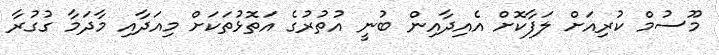
މޫސުމް ކުރިއަށް ލަފާކޮށް އެއިދާއިން ބުނީ އުތުރުގެ އަތޮޅުތަކަށް މިއަދާއި މާދަމާ ގުގުރާ